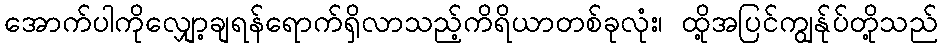
အောက်ပါကိုလျှော့ချရန်ရောက်ရှိလာသည့်ကိရိယာတစ်ခုလုံး၊ ထို့အပြင်ကျွန်ုပ်တို့သည်